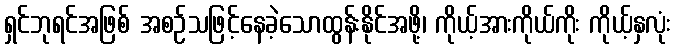
ရှင်ဘုရင်အဖြစ် အစဉ်သဖြင့်နေခဲ့သောထွန်းနိုင်အဖို့၊ ကိုယ့်အားကိုယ်ကိုး ကိုယ့်နှလုံး